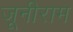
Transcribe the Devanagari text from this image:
जूनीराम